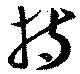
持